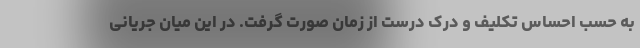
به حسب احساس تکلیف و درک درست از زمان صورت گرفت. در این میان جریانی